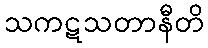
သကဋသတာနီတိ